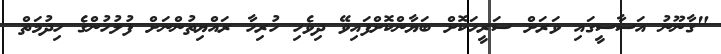
"ގާނޫނު އަސާސީގައި ވަރަށް ސަރީހަކޮށް ބަޔާންކޮށްފައިވޭ ދިވެހި ހުރިހާ ރައްޔިތުންނަށް ފުލުހުންގެ ހިދުމަތް